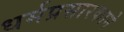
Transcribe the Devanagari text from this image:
धर्मप्रसारकाने